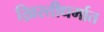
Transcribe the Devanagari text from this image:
ख्रिस्तीधर्मात